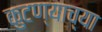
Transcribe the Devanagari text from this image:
कुटण्याच्या